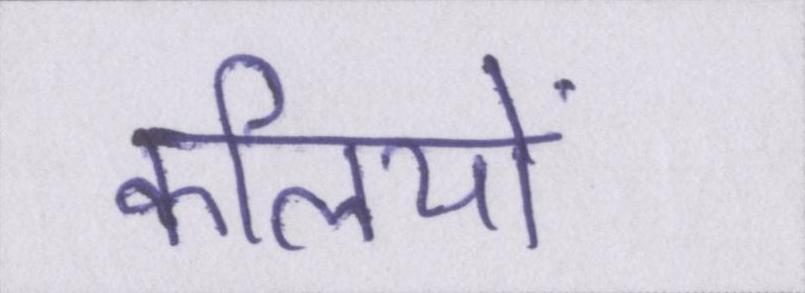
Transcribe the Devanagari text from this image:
कलियों